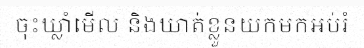
ចុះឃ្លាំមើល និងឃាត់ខ្លួនយកមកអប់រំ